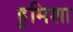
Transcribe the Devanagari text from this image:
हुमिशा